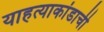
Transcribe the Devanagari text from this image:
याहत्याकांडाची